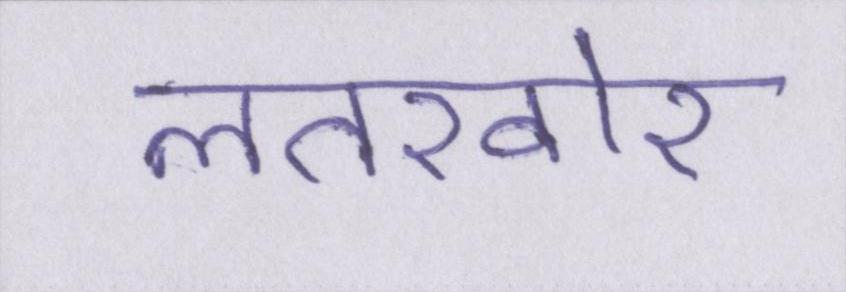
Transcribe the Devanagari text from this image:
लतख़ोर